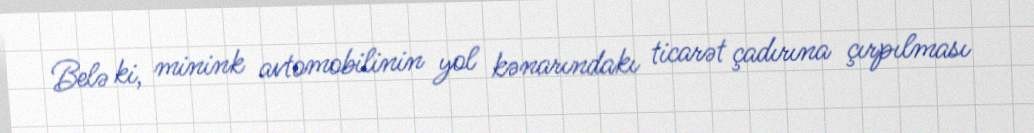
Belə ki, minink avtomobilinin yol kənarındakı ticarət çadırına çırpılması